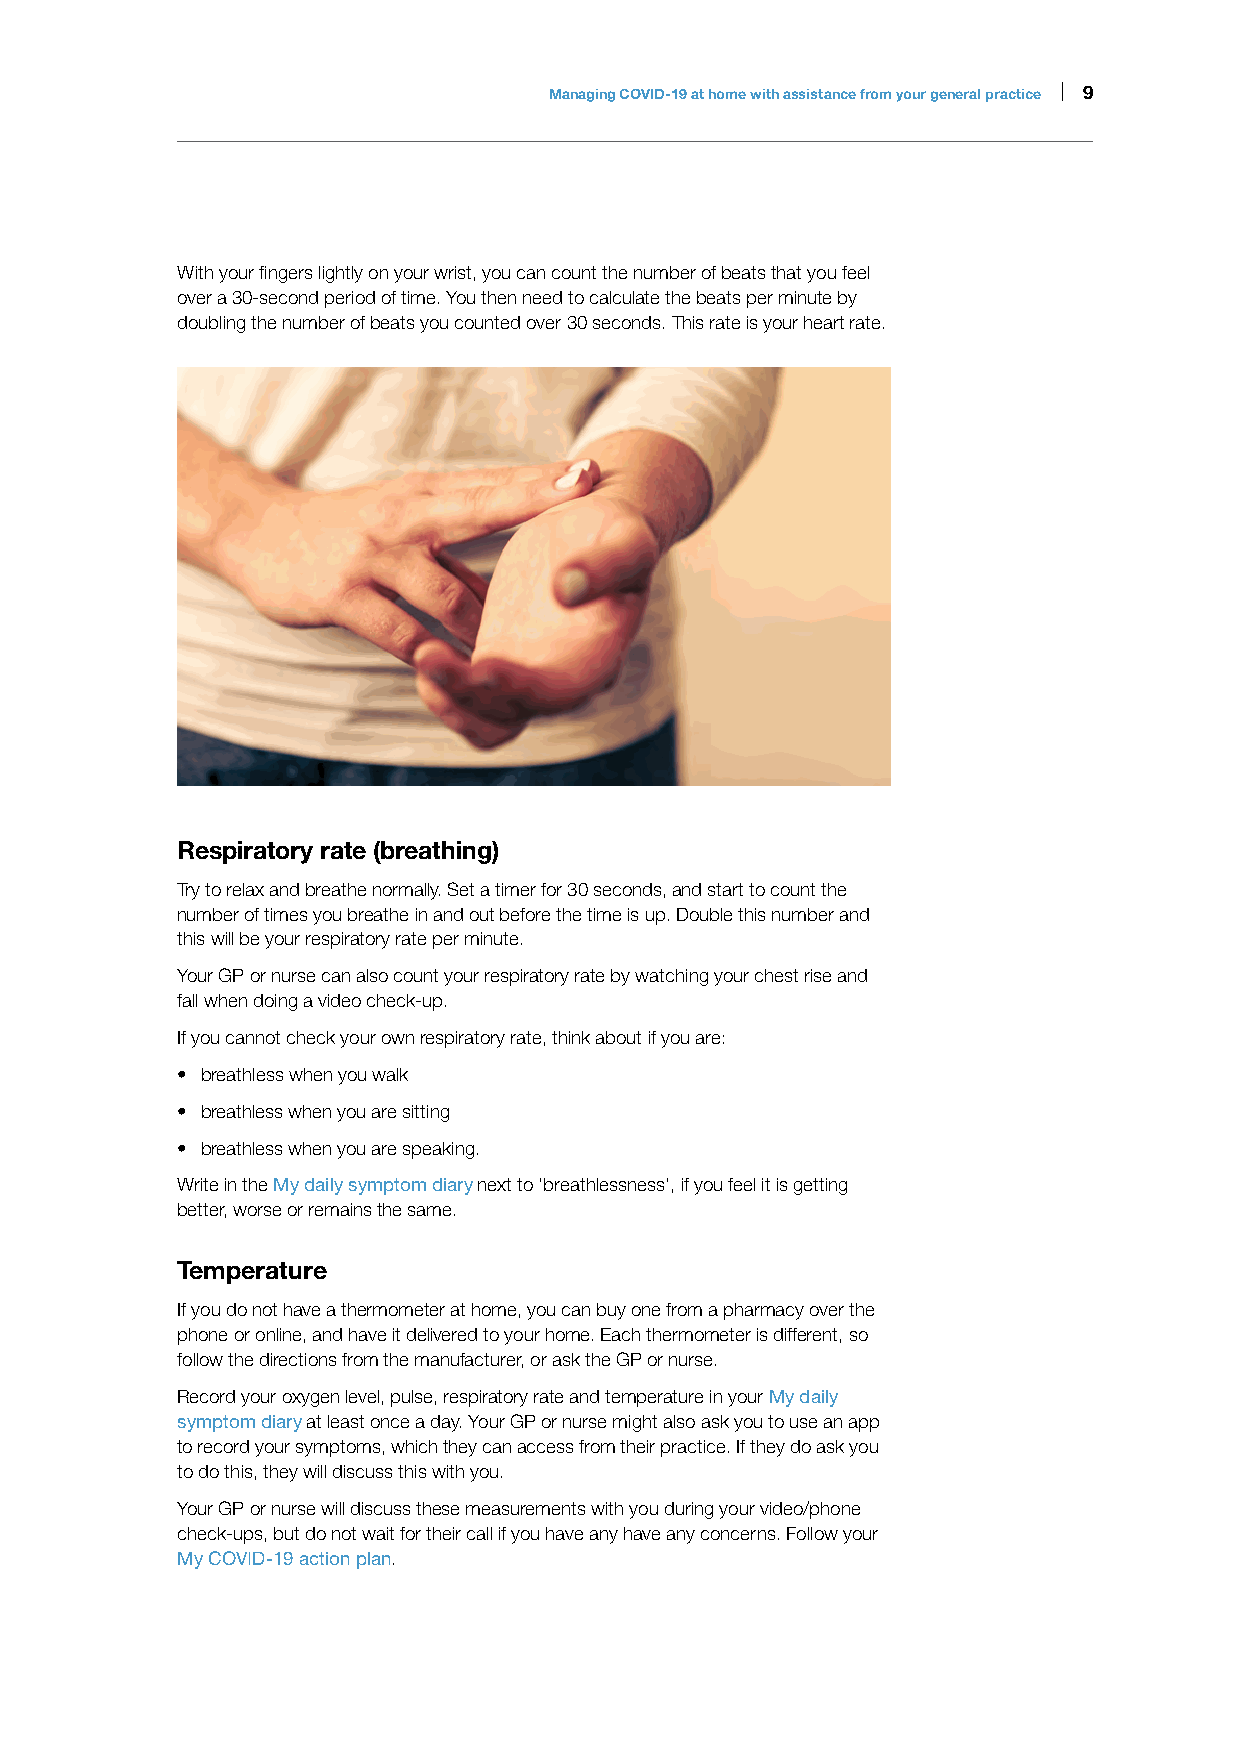
Managing COVID-19 at home with assistance from your general practice | 9
 With your fingers lightly on your wrist, you can count the number of beats that you feel
 over a 30-second period of time. You then need to calculate the beats per minute by
 doubling the number of beats you counted over 30 seconds. This rate is your heart rate.
 Respiratory rate (breathing)
 Try to relax and breathe normally. Set a timer for 30 seconds, and start to count the
 number of times you breathe in and out before the time is up. Double this number and
 this will be your respiratory rate per minute.
 Your GP or nurse can also count your respiratory rate by watching your chest rise and
 fall when doing a video check-up.
 If you cannot check your own respiratory rate, think about if you are:
 • breathless when you walk
 • breathless when you are sitting
 • breathless when you are speaking.
 Write in the My daily symptom diary next to ‘breathlessness’, if you feel it is getting
 better, worse or remains the same.
 Temperature
 If you do not have a thermometer at home, you can buy one from a pharmacy over the
 phone or online, and have it delivered to your home. Each thermometer is different, so
 follow the directions from the manufacturer, or ask the GP or nurse.
 Record your oxygen level, pulse, respiratory rate and temperature in your My daily
 symptom diary at least once a day. Your GP or nurse might also ask you to use an app
 to record your symptoms, which they can access from their practice. If they do ask you
 to do this, they will discuss this with you.
 Your GP or nurse will discuss these measurements with you during your video/phone
 check-ups, but do not wait for their call if you have any have any concerns. Follow your
 My COVID-19 action plan.